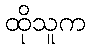
ထိုသူက